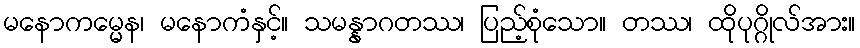
မနောကမ္မေန၊ မနောကံနှင့်။ သမန္နာဂတဿ၊ ပြည့်စုံသော။ တဿ၊ ထိုပုဂ္ဂိုလ်အား။